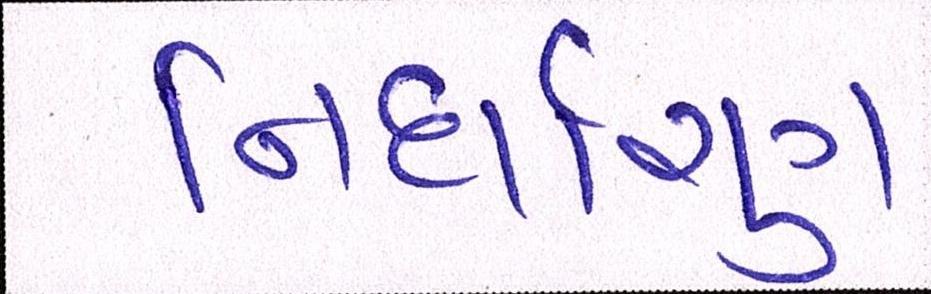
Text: નિર્ધારણ